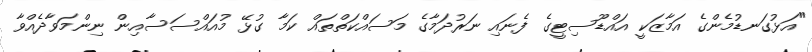
"އަޅުގަނޑުމެންގެ އަމާޒަކީ އައްޑޫސިޓީގެ ފެނައި ނަރުދަމާގެ މަސައްކަތްތައް ކަމާ ގުޅޭ މުއައްސަސާއިން ނިންމަވާދެއްވާ